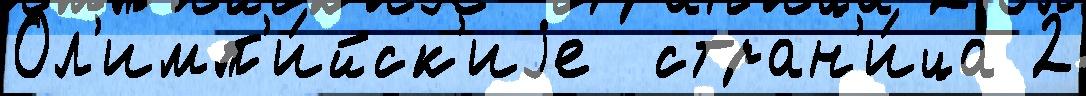
Ол'имп'и́йск'иjе  стран'и́ца 2